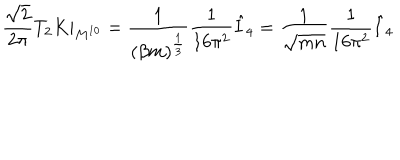
LaTeX: \frac { \sqrt { 2 } } { 2 \pi } T _ { 2 } K | _ { M ^ { 1 0 } } = \frac { 1 } { ( \beta m ) ^ { \frac { 1 } { 3 } } } \frac { 1 } { 1 6 \pi ^ { 2 } } \hat { I } _ { 4 } = \frac { 1 } { \sqrt { m n } } \frac { 1 } { 1 6 \pi ^ { 2 } } \hat { I } _ { 4 }